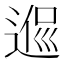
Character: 𨔃